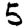
Digit: 5